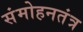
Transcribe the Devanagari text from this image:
संमोहनतंत्र